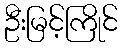
ဦးမြင့်ကြိုင်